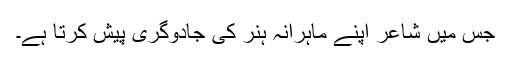
جس میں شاعر اپنے ماہرانہ ہُنر کی جادوگری پیش کرتا ہے۔